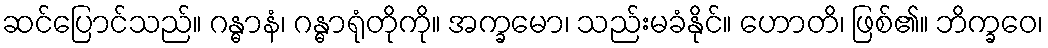
ဆင်ပြောင်သည်။ ဂန္ဓာနံ၊ ဂန္ဓာရုံတိုကို။ အက္ခမော၊ သည်းမခံနိုင်။ ဟောတိ၊ ဖြစ်၏။ ဘိက္ခဝေ၊